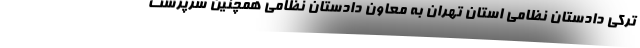
ترکی دادستان نظامی استان تهران به معاون دادستان نظامی همچنین سرپرست